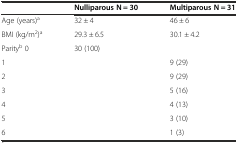
<table><thead><tr><td>[EMPTY_CELL]</td><td><b>Nulliparous N = 30</b></td><td><b>Multiparous N = 31</b></td></tr></thead><tbody><tr><td>Age (years)<sup>a</sup></td><td>32 ± 4</td><td>46 ± 6</td></tr><tr><td>BMI (kg/m<sup>2</sup>)<sup>a</sup></td><td>29.3 ± 6.5</td><td>30.1 ± 4.2</td></tr><tr><td>Parity<sup>b</sup> 0</td><td>30 (100)</td><td>[EMPTY_CELL]</td></tr><tr><td>1</td><td>[EMPTY_CELL]</td><td>9 (29)</td></tr><tr><td>2</td><td>[EMPTY_CELL]</td><td>9 (29)</td></tr><tr><td>3</td><td>[EMPTY_CELL]</td><td>5 (16)</td></tr><tr><td>4</td><td>[EMPTY_CELL]</td><td>4 (13)</td></tr><tr><td>5</td><td>[EMPTY_CELL]</td><td>3 (10)</td></tr><tr><td>6</td><td>[EMPTY_CELL]</td><td>1 (3)</td></tr></tbody></table>